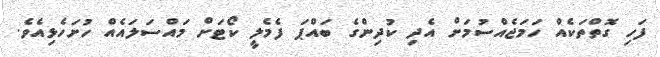
ފަހި ގޮތްތަކެއް ހަމަޖެއްސުމަށް އެދި ކުދިންގެ ބައްޕަ ފެމެލީ ކޯޓަށް މައްސަލައެއް ހުށަހެޅިއެވެ.